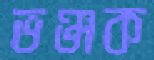
ভঞ্জক